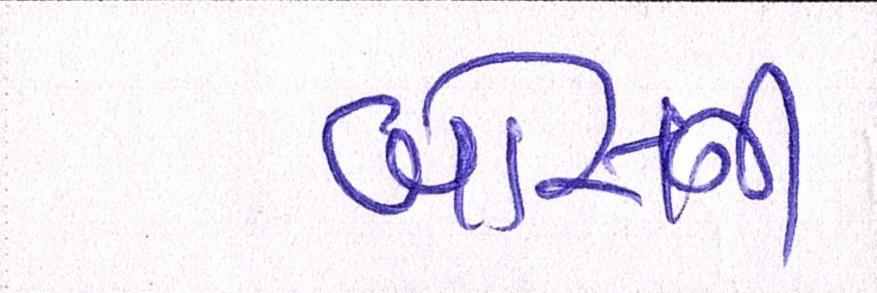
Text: બોસની